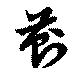
薊